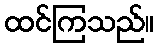
ထင်ကြသည်။